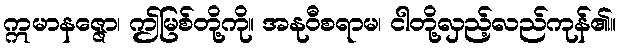
ဣမာနဇ္ဇော၊ ဤမြစ်တို့ကို။ အနုဝီစရာမ၊ ငါတို့လှည့်လည်ကုန်၏။